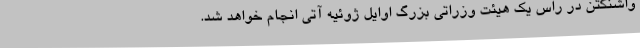
واشنگتن در راس یک هیئت وزراتی بزرگ اوایل ژوئیه آتی انجام خواهد شد.